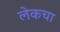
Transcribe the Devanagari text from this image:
लेकचा